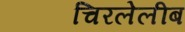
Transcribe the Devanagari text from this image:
चिरलेलीब